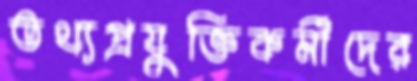
তথ্যপ্রযুক্তিকর্মীদের